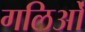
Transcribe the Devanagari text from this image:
गलिओं